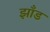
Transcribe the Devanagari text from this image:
झाँड